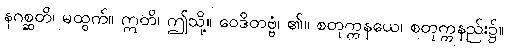
နဂစ္ဆတိ၊ မထွက်။ ဣတိ၊ ဤသို့။ ဝေဒိတဗ္ဗံ၊ ၏။ စတုက္ကနယေ၊ စတုက္ကနည်း၌။